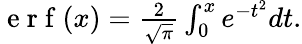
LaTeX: \begin{array}{r}{\mathrm{~e~r~f~}(x)=\frac{2}{\sqrt{\pi}}\int_{0}^{x}e^{-t^{2}}dt.}\end{array}